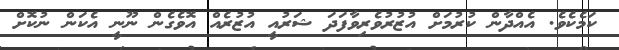
ކަމެކެވެ. އެއްދާން ކުރުމަށް އުޒުރުވެރިވާފަދަ ޝަރުއީ އުޒުރެއް އޮވެގެން ނޫނީ އެކަން ނުކޮށް